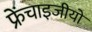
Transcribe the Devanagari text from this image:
फ्रेंचाइजीयों